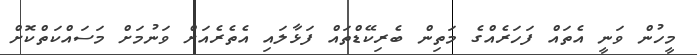
މީހުން ވަނީ އެތައް ފަހަރެއްގެ މަތިން ބެރިކޭޑްތައް ފަޅާލައި އެތެރެއަށް ވަނުމަށް މަސައްކަތްކޮށް